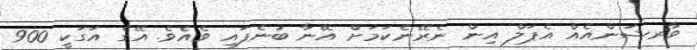
ވާރޝަންއެއް އެޕަލް އިން ނެރޭނެކަމަށް އޭނާ ބުނެފައި ވެެއެވެ. އޭގެ އަގަކީ 900